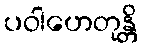
ပဝါဟေတုန္တိ